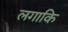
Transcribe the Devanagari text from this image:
लगाकि